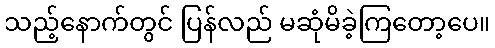
သည့်နောက်တွင် ပြန်လည် မဆုံမိခဲ့ကြတော့ပေ။